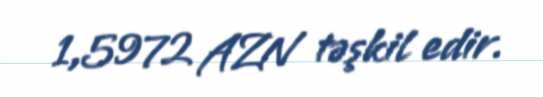
1,5972 AZN təşkil edir.